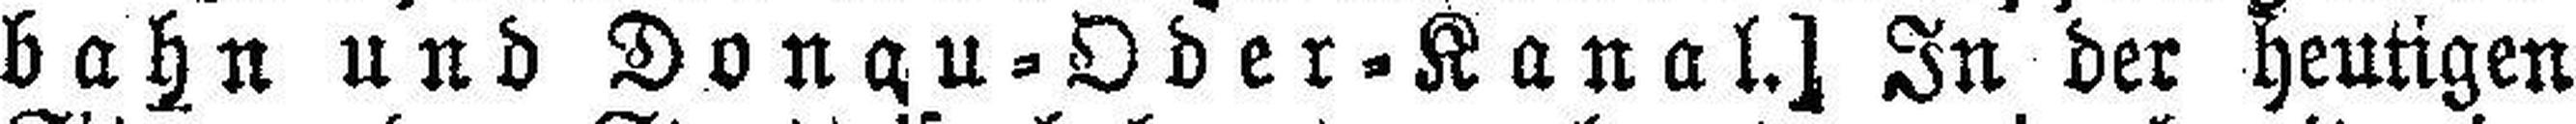
bahn und Donau=Oder=Kanal.] In der heutigen